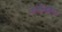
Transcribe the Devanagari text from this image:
जॉर्डनहिल